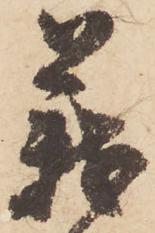
義